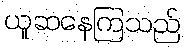
ယူဆနေကြသည်